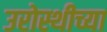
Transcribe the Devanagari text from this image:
उरोस्थीच्या